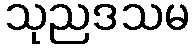
သုညဒသမ